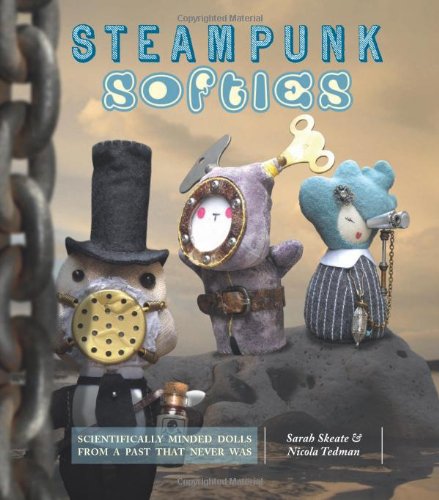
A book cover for Steampunk Softies: Scientifically-Minded Dolls from a Past That Never Was; Sarah Skeate; Crafts, Hobbies & Home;